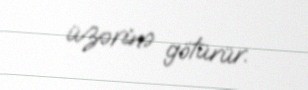
üzərinə götürür.